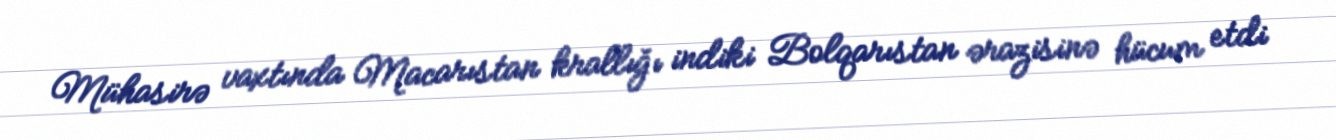
Mühasirə vaxtında Macarıstan krallığı indiki Bolqarıstan ərazisinə hücum etdi